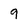
Character: q